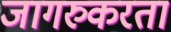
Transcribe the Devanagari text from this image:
जागरुकरता